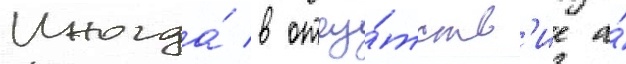
Иногда́ в отсу́тств'ие а́